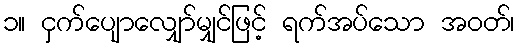
၁။ ငှက်ပျောလျှော်မျှင်ဖြင့် ရက်အပ်သော အဝတ်၊